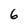
Character: 6